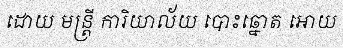
ដោយ មន្ត្រី ការិយាល័យ បោះឆ្នោត អោយ